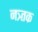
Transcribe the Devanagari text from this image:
नत्र्तक